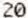
20